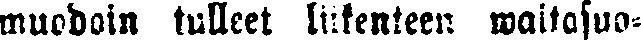
muodoin tulleet liikenteen waltasuo-